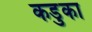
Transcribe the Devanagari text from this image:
कडुका